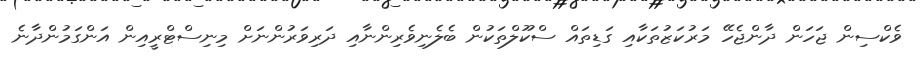
ވެކްސިން ޖަހަން ދާންޖެހޭ މަރުކަޒުތަކާއި ގަޑިތައް ސްކޫލްތަކުން ބެލެނިވެރިންނާއި ދަރިވަރުންނަށް މިނިސްޓްރީއިން އަންގަމުންދާނެ